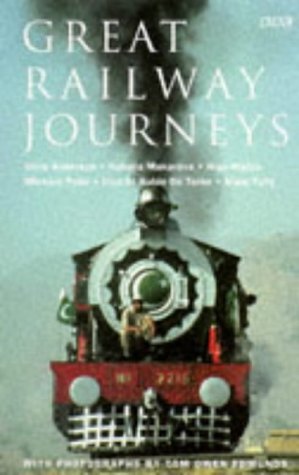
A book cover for Great Railway Journeys (BBC Books); Clive Anderson; Travel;